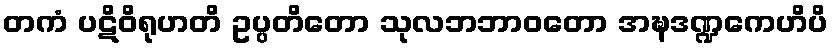
တကံ ပဋိဝိရုဟတိ ဥပ္ပတိတော သုလဘဘာဝတော အဍ္ဎဒဏ္ဍကေဟိပိ